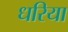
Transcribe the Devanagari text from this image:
धरिया